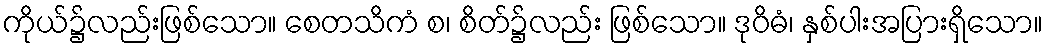
ကိုယ်၌လည်းဖြစ်သော။ စေတသိကံ စ၊ စိတ်၌လည်း ဖြစ်သော။ ဒုဝိဓံ၊ နှစ်ပါးအပြားရှိသော။